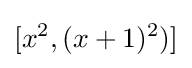
[x^{2},(x+1)^{2})]